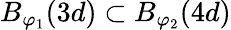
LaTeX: B_{\varphi_{1}}(3d)\subset B_{\varphi_{2}}(4d)